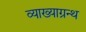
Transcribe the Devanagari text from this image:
व्याख्याग्रन्थ